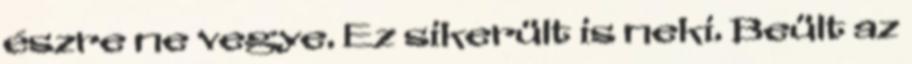
észre ne vegye. Ez sikerült is neki. Beült az